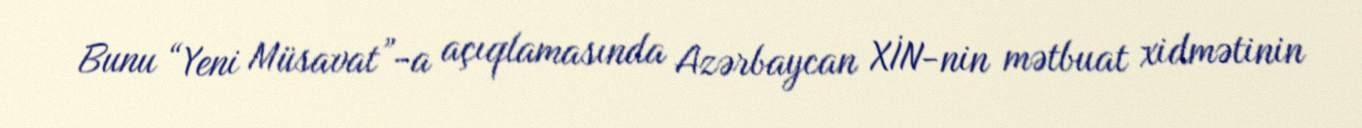
Bunu “Yeni Müsavat”-a açıqlamasında Azərbaycan XİN-nin mətbuat xidmətinin